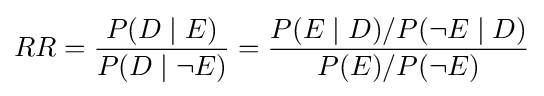
RR={\frac {P(D\mid E)}{P(D\mid \neg E)}}={\frac {P(E\mid D)/P(\neg E\mid D)}{P(E)/P(\neg E)}}